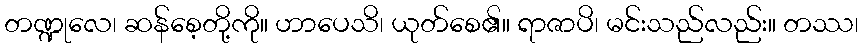
တဏ္ဍုလေ၊ ဆန်စေ့တို့ကို။ ဟာပေသိ၊ ယုတ်စေ၏။ ရာဇာပိ၊ မင်းသည်လည်း။ တဿ၊